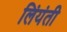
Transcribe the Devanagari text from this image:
लिंयंती